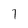
Character: 7